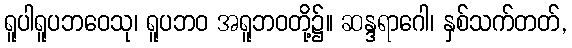
ရူပါရူပဘဝေသု၊ ရူပဘဝ အရူဘဝတို့၌။ ဆန္ဒရာဂေါ၊ နှစ်သက်တတ်,